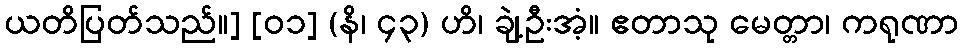
ယတိပြတ်သည်။] [၀၁] (နိ၊ ၄၃) ဟိ၊ ချဲ့ဦးအံ့။ ဧတာသု မေတ္တာ၊ ကရုဏာ